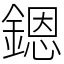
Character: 𨪜